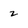
Character: 2